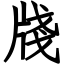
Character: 牋